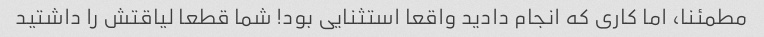
مطمئنا، اما کاری که انجام دادید واقعا استثنایی بود! شما قطعا لیاقتش را داشتید